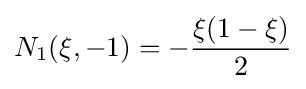
N_{1}(\xi ,-1)=-{\frac {\xi (1-\xi )}{2}}